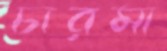
চারমা